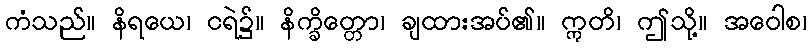
ကံသည်။ နိရယေ၊ ငရဲ၌။ နိက္ခိတ္တော၊ ချထားအပ်၏။ ဣတိ၊ ဤသို့။ အဝေါစ၊